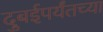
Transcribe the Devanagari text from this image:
दुबईपर्यंतच्या